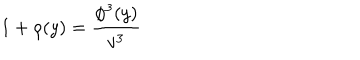
LaTeX: 1 + \rho ( y ) = \frac { \phi ^ { 3 } ( y ) } { v ^ { 3 } }